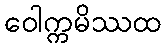
ဝေါက္ကမိဿထ